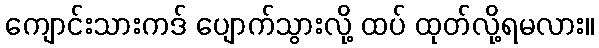
ကျောင်းသားကဒ် ပျောက်သွားလို့ ထပ် ထုတ်လို့ရမလား။